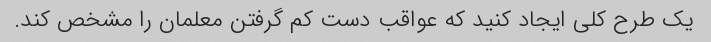
یک طرح کلی ایجاد کنید که عواقب دست کم گرفتن معلمان را مشخص کند.